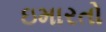
ઇમારતો